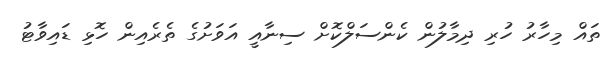
ތައް މިހާރު ހުރި ދިމާލުން ކެންސަލްކޮށް ސިނާއީ އަވަށުގެ ތެރެއިން ހޮޅި ޑައިވާޓު